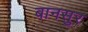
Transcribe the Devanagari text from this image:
बानसुर